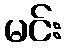
မင်း